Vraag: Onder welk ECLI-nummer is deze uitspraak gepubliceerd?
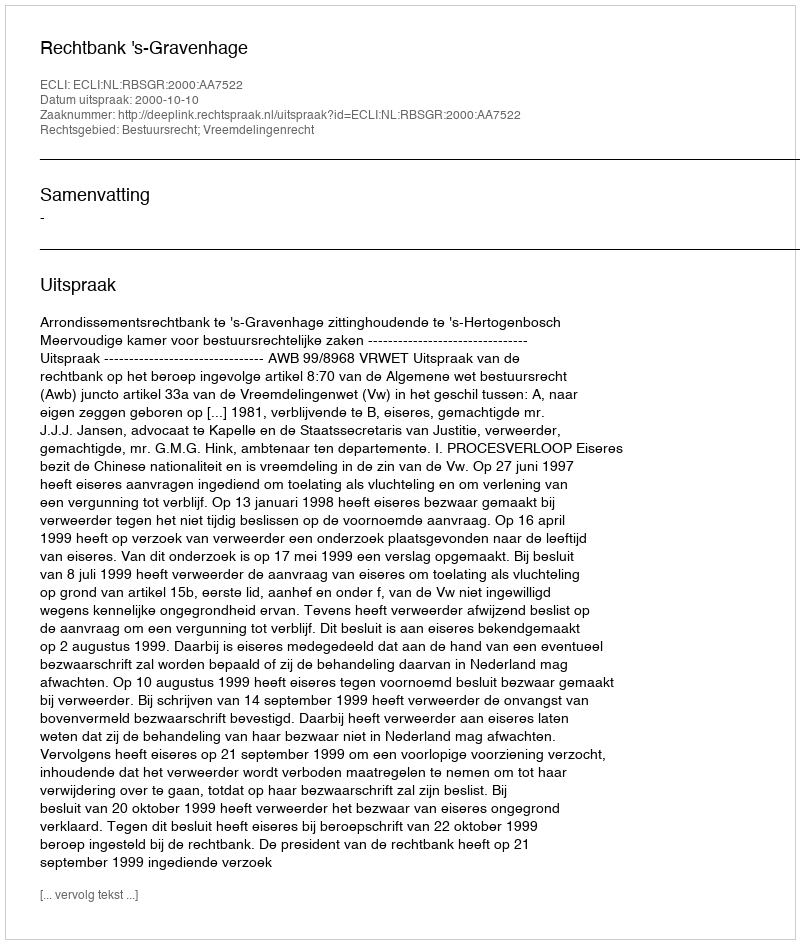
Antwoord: ECLI:NL:RBSGR:2000:AA7522